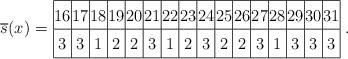
LaTeX: \begin{align*}\overline{s}(x)=\left.\arraycolsep=0.6pt\def\arraystretch{1.4}\begin{array}{|c|c|c|c| c|c|c|c| c|c|c|c| c|c|c|c|} \hline16 & 17 & 18 & 19 & 20 & 21 & 22 & 23 & 24 & 25 & 26 & 27 & 28 & 29 & 30 & 31 \\ \hline 3 & 3 & 1 & 2 & 2 & 3 & 1 & 2 & 3 & 2 & 2 & 3 & 1 & 3 & 3 & 3 \\ \hline\end{array}\right..\end{align*}